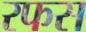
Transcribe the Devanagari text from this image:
रफस